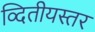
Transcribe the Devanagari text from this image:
व्दितीयस्तर